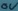
Text: ov